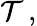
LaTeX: {\mathcal{T}}\, ,